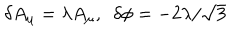
\delta A _ { \mu } = \lambda A _ { \mu } , \, \, \, \delta \phi = - 2 \lambda / \sqrt 3